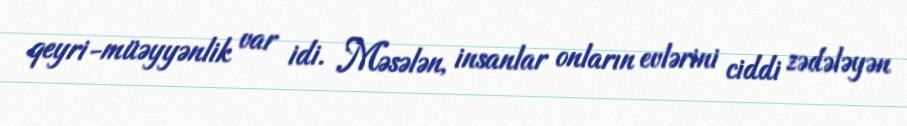
qeyri-müəyyənlik var idi. Məsələn, insanlar onların evlərini ciddi zədələyən